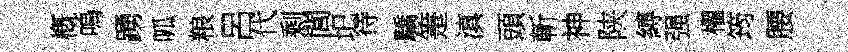
槪嗚踴呱粮呂代剩閭圯待驕箑滇頭斬神陕縛强櫂筠腰